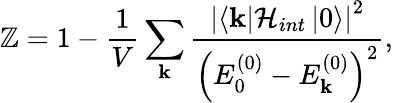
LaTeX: \mathbb{Z}=1-\frac{{1}}{{V}}\sum_{\mathbf{{k}}}\frac{{\left|\left\langle\mathbf{{k}}\right|\mathcal{{H}}_{int}\left|0\right\rangle\right|^{2}}}{{\left(E_{0}^{(0)}-E_{\mathbf{{k}}}^{(0)}\right)^{2}}},